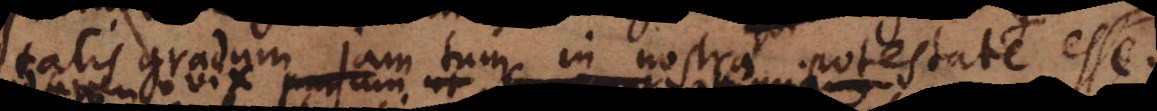
tatis gradum jam tum in nostra potestate esse;